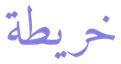
خريطة